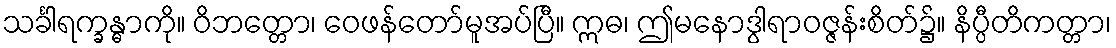
သင်္ခါရက္ခန္ဓာကို။ ဝိဘတ္တော၊ ဝေဖန်တော်မူအပ်ပြီ။ ဣဓ၊ ဤမနောဒွါရာဝဇ္ဇန်းစိတ်၌။ နိပ္ပီတိကတ္တာ၊